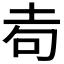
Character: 𡊦